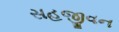
સહજીવન